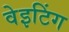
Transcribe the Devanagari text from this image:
वेइटिंग